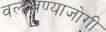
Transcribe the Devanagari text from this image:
वल्हवण्याजोगी